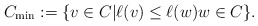
\begin{align*}C_{\min}:=\{v\in C | \ell(v)\leq \ell(w) w\in C\}.\end{align*}